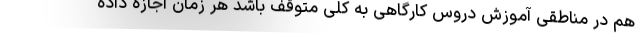
هم در مناطقی آموزش دروس کارگاهی به کلی متوقف باشد هر زمان اجازه داده